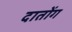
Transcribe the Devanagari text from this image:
दातोंग